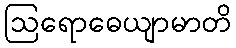
ဩရောဓေယျာမာတိ